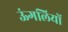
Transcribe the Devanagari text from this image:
ऊंगलियों